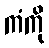
ကံကို